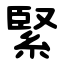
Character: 緊